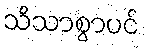
သိသာစွာပင်